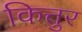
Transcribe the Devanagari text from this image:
कित्तुर